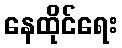
နေထိုင်ရေး